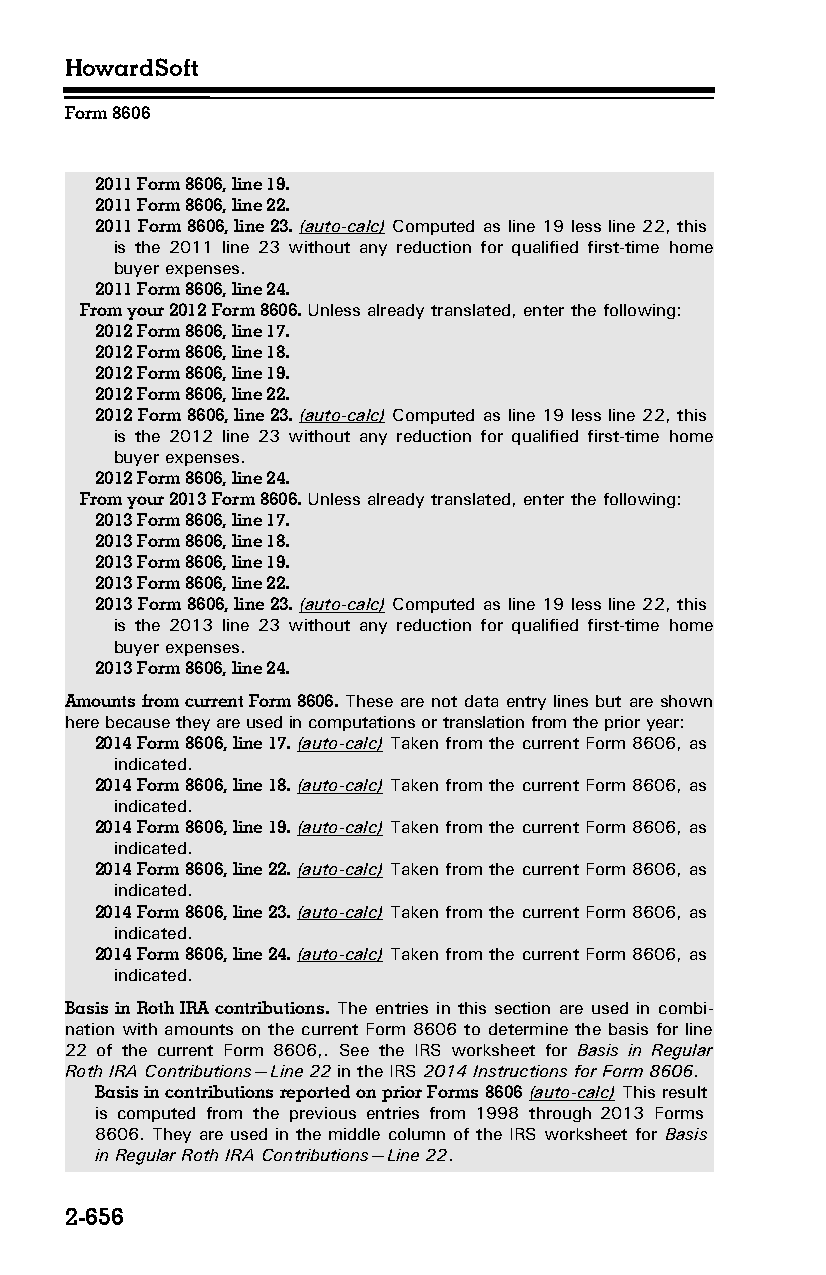
HowardSoft
 Form 8606
 2011 Form 8606, line 19.
 2011 Form 8606, line 22.
 2011 Form 8606, line 23. (auto-calc) Computed as line 19 less line 22, this
 is the 2011 line 23 without any reduction for qualified first-time home
 buyer expenses.
 2011 Form 8606, line 24.
 From your 2012 Form 8606. Unless already translated, enter the following:
 2012 Form 8606, line 17.
 2012 Form 8606, line 18.
 2012 Form 8606, line 19.
 2012 Form 8606, line 22.
 2012 Form 8606, line 23. (auto-calc) Computed as line 19 less line 22, this
 is the 2012 line 23 without any reduction for qualified first-time home
 buyer expenses.
 2012 Form 8606, line 24.
 From your 2013 Form 8606. Unless already translated, enter the following:
 2013 Form 8606, line 17.
 2013 Form 8606, line 18.
 2013 Form 8606, line 19.
 2013 Form 8606, line 22.
 2013 Form 8606, line 23. (auto-calc) Computed as line 19 less line 22, this
 is the 2013 line 23 without any reduction for qualified first-time home
 buyer expenses.
 2013 Form 8606, line 24.
 Amounts from current Form 8606. These are not data entry lines but are shown
 here because they are used in computations or translation from the prior year:
 2014 Form 8606, line 17. (auto-calc) Taken from the current Form 8606, as
 indicated.
 2014 Form 8606, line 18. (auto-calc) Taken from the current Form 8606, as
 indicated.
 2014 Form 8606, line 19. (auto-calc) Taken from the current Form 8606, as
 indicated.
 2014 Form 8606, line 22. (auto-calc) Taken from the current Form 8606, as
 indicated.
 2014 Form 8606, line 23. (auto-calc) Taken from the current Form 8606, as
 indicated.
 2014 Form 8606, line 24. (auto-calc) Taken from the current Form 8606, as
 indicated.
 Basis in Roth IRA contributions. The entries in this section are used in combi­
 nation with amounts on the current Form 8606 to determine the basis for line
 22 of the current Form 8606,. See the IRS worksheet for Basis in Regular
 Roth IRA Contributions—Line 22 in the IRS 2014 Instructions for Form 8606.
 Basis in contributions reported on prior Forms 8606 (auto-calc) This result
 is computed from the previous entries from 1998 through 2013 Forms
 8606. They are used in the middle column of the IRS worksheet for Basis
 in Regular Roth IRA Contributions—Line 22.
 2-656